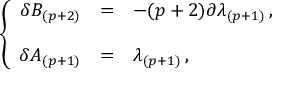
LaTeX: \left\{ \begin{array} { r c l } { { \delta B _ { ( p + 2 ) } } } & { { = } } & { { - ( p + 2 ) \partial \lambda _ { ( p + 1 ) } \, , } } \\ { { } } & { { } } & { { } } \\ { { \delta A _ { ( p + 1 ) } } } & { { = } } & { { \lambda _ { ( p + 1 ) } \, , } } \end{array} \right.